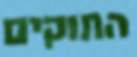
החוקים